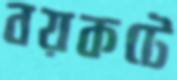
বয়কটে